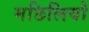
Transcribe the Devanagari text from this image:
मछिलियों